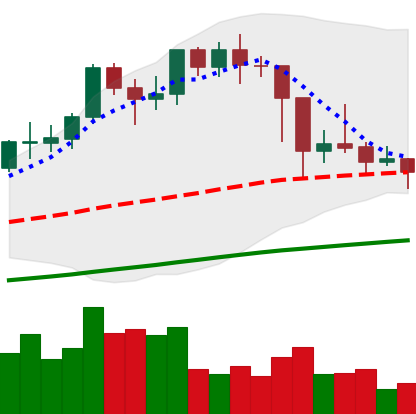
Ticker: LTC-USD
Chart end date: 2021-02-28
Forward return: 9.603%
Label: up_7plus